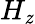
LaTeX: H_{\mathit{z}}